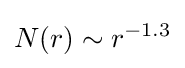
N(r)\sim r^{-1.3}